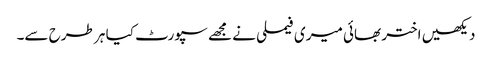
دیکھیں اختر بھائی میری فیملی نے مجھے سپورٹ کیا ہر طرح سے۔